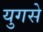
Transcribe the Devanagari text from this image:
युगसे